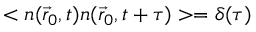
< n ( \vec { r } _ { 0 } , t ) n ( \vec { r } _ { 0 } , t + \tau ) > = \delta ( \tau )